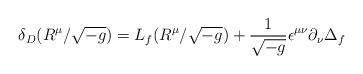
LaTeX: \begin{align*}\delta_D (R^\mu / \sqrt{-g}) = L_f (R^\mu / \sqrt{-g}) + \frac{1}{\sqrt{-g}} \epsilon^{\mu \nu} \partial_\nu \Delta_{f}\end{align*}